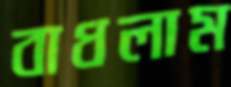
বাধলাম